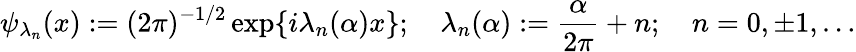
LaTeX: \psi_{\lambda_{n}}(x):=(2\pi)^{-1/2}\exp\{ i\lambda_{n}(\alpha)x\} ;~~~~\lambda_{n}(\alpha):=\frac{\alpha}{2\pi}+n;~~~~n=0,\pm 1,\ldots